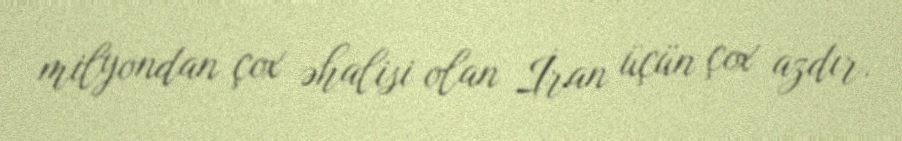
milyondan çox əhalisi olan İran üçün çox azdır.